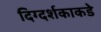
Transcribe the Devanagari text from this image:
दिग्दर्शकाकडे